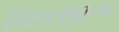
ખિલજીના